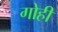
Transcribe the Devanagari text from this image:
गोही